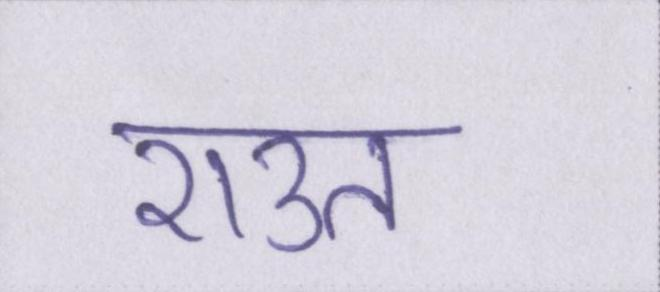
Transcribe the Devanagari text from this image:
राउत